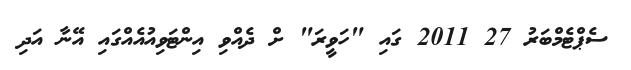
ސެޕްޓެމްބަރު 27 2011 ގައި "ހަވީރަ" ށް ދެއްވި އިންޓަވިއުއެއްގައި އޭނާ އަދި